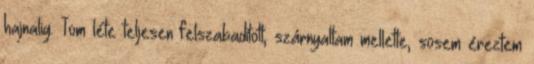
hajnalig. Tom léte teljesen felszabadított, szárnyaltam mellette, sosem éreztem